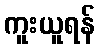
ကူးယူရန်